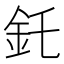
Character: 𫒇